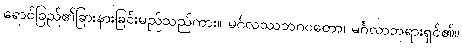
ရောင်ခြည်၏ခြားနားခြင်းမည်သည်ကား။ မင်္ဂလဿဘဂဝတော၊ မင်္ဂလာဘုရားရှင်၏။